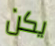
يكن